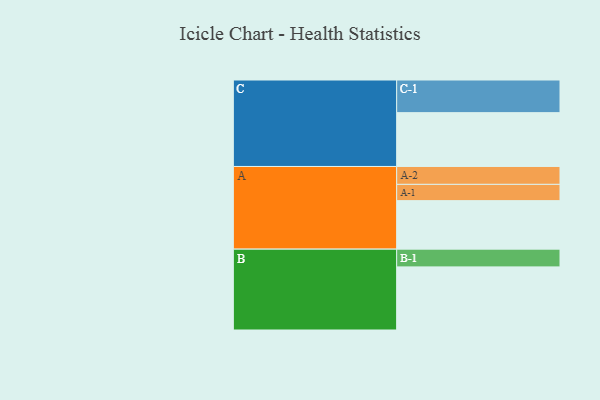
{"axis": {"x": "Segment", "y": "Value"}, "legend": ["", "A", "B", "C"], "data": [{"x": "A", "y": 355, "type": ""}, {"x": "B", "y": 462, "type": ""}, {"x": "C", "y": 394, "type": ""}, {"x": "A-1", "y": 119, "type": "A"}, {"x": "A-2", "y": 131, "type": "A"}, {"x": "B-1", "y": 130, "type": "B"}, {"x": "C-1", "y": 239, "type": "C"}]}